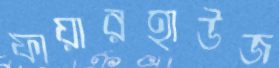
ফায়ারহাউজ